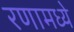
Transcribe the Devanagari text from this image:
रणामध्ये